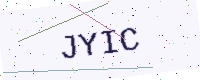
Text: JYIC